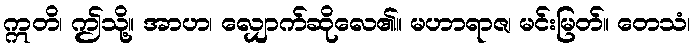
ဣတိ၊ ဤသို့။ အာဟ၊ လျှောက်ဆိုလေ၏။ မဟာရာဇ၊ မင်းမြတ်။ တေသံ၊